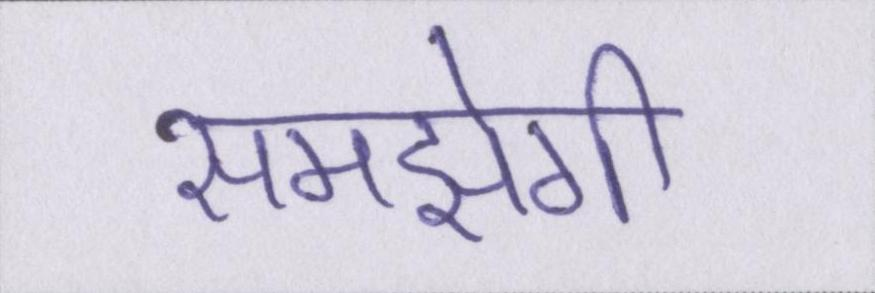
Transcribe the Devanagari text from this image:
समझेगी